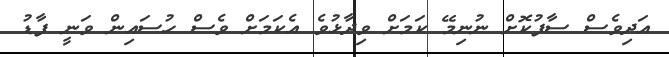
އަދިވެސް ސާފުކޮށް ނުނިމޭ ކަމަށް ވިދާޅުވެ އެކަމަށް ވެސް ހުސައިން ވަނީ ފާޑު